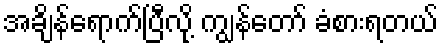
အချိန်ရောက်ပြီလို့ ကျွန်တော် ခံစားရတယ်